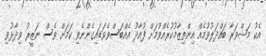
އެކު މަޝްވަރާ ބައްދަލުވުމެއް އިންތިޒާމުކުރެއްވުމަށް ފުއާދު އެއްބަސްވެވަޑައިގެންނެވި ކަމަށް ވެސް ނަޒީރު ވިދާޅުވި